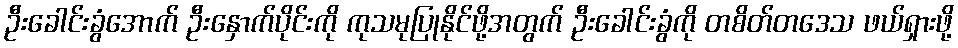
ဦးခေါင်းခွံအောက် ဦးနှောက်ပိုင်းကို ကုသမုပြုနိုင်ဖို့အတွက် ဦးခေါင်းခွံကို တစိတ်တဒေသ ဖယ်ရှားဖို့